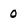
Character: 0